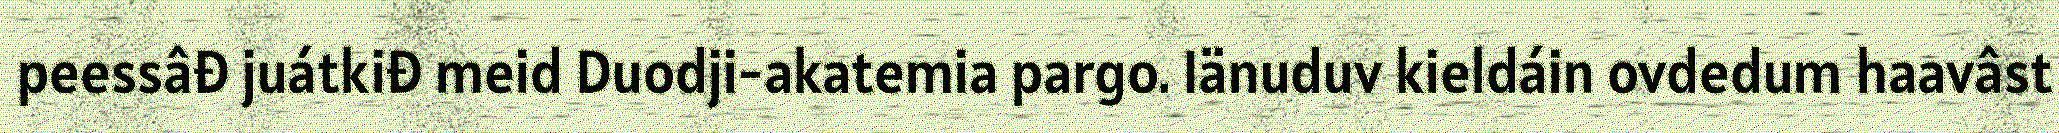
peessâđ juátkiđ meid Duodji-akatemia pargo. Iänuduv kieldáin ovdedum haavâst